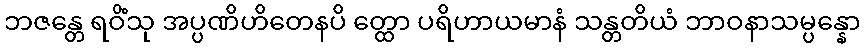
ဘဇန္တေ ရဝိံသု အပ္ပဏိဟိတေနပိ တ္ထော ပရိဟာယမာနံ သန္တတိယံ ဘာဝနာသမ္ပန္နော